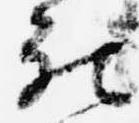
被